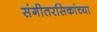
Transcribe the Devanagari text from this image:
संगीतरसिकांच्या